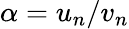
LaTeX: \alpha=u_{n}/v_{n}